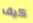
كيف